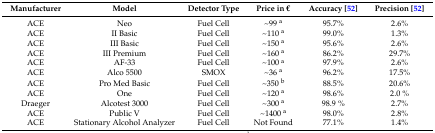
| Manufacturer | Model | Detector Type | Price in € | Accuracy [52] | Precision [52] |
 | --- | --- | --- | --- | --- | --- |
 | ACE | Neo | Fuel Cell | ~99 a | 95.7% | 2.6% |
 | ACE | II Basic | Fuel Cell | ~110 a | 99.0% | 1.3% |
 | ACE | III Basic | Fuel Cell | ~150 a | 95.6% | 2.6% |
 | ACE | III Premium | Fuel Cell | ~160 a | 86.2% | 29.7% |
 | ACE | AF-33 | Fuel Cell | ~100 a | 97.9% | 2.6% |
 | ACE | Alco 5500 | SMOX | ~36 a | 96.2% | 17.5% |
 | ACE | Pro Med Basic | Fuel Cell | ~350 b | 88.5% | 20.6% |
 | ACE | One | Fuel Cell | ~120 a | 98.6% | 2.0 % |
 | Draeger | Alcotest 3000 | Fuel Cell | ~300 a | 98.9 % | 2.7% |
 | ACE | Public V | Fuel Cell | ~1400 a | 98.0% | 2.8% |
 | ACE | Stationary Alcohol Analyzer | Fuel Cell | Not Found | 77.1% | 1.4% |